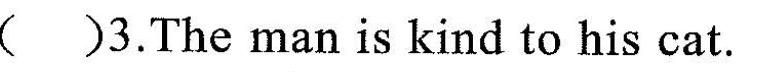
（）3.The man is kind to his cat.